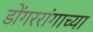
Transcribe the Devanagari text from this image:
डोंगररांगाच्या